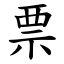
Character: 票